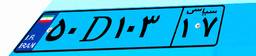
۵۰D۱۰۳۱۷